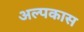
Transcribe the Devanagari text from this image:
अल्पकास